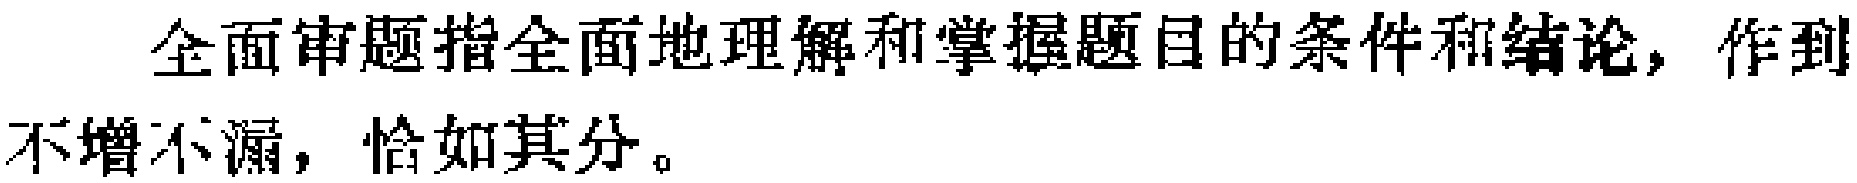
全面审题指全面地理解和掌握题目的条件和结论，作到不增不漏，恰如其分。